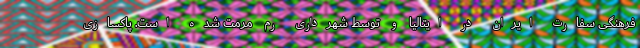
فرهنگی سفارت ایران در ایتالیا و توسط شهرداری رم مرمت شده است. پاکسازی